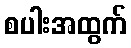
စပါးအထွက်